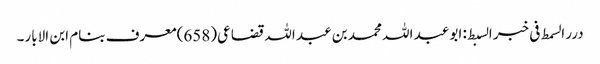
درر السمط فی خبر السبط: ابو عبد اللہ محمد بن عبد اللہ قضاعی(658)معرف بنام ابن الابار۔